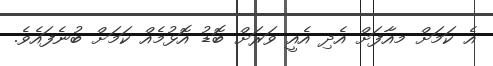
އެ ކަމަށް މއާފަށް އެދި އެއީ ވަރަށް ބޮޑު އޮޅުމެއް ކަމަށް ބުނެފައެވެ.